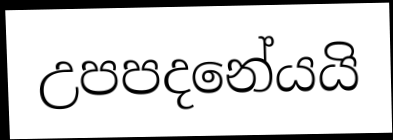
උපපදනේයයි